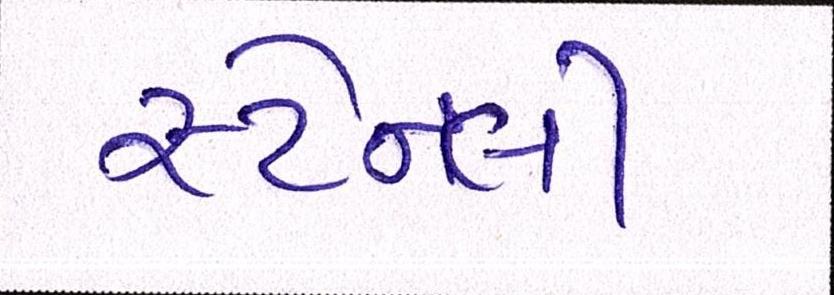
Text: સ્ટેન્લી